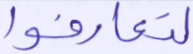
لتعارفوا